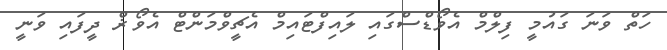
ހަތް ވަނަ ގައުމީ ފިލްމް އެވޯޑްސްގައި ލައިފްޓައިމް އެޗީވްމަންޓް އެވޯޜް ދީފައި ވަނީ